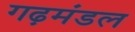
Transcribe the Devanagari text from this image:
गढ़मंडल